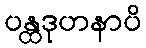
ပန္ထဒုဟနာပိ